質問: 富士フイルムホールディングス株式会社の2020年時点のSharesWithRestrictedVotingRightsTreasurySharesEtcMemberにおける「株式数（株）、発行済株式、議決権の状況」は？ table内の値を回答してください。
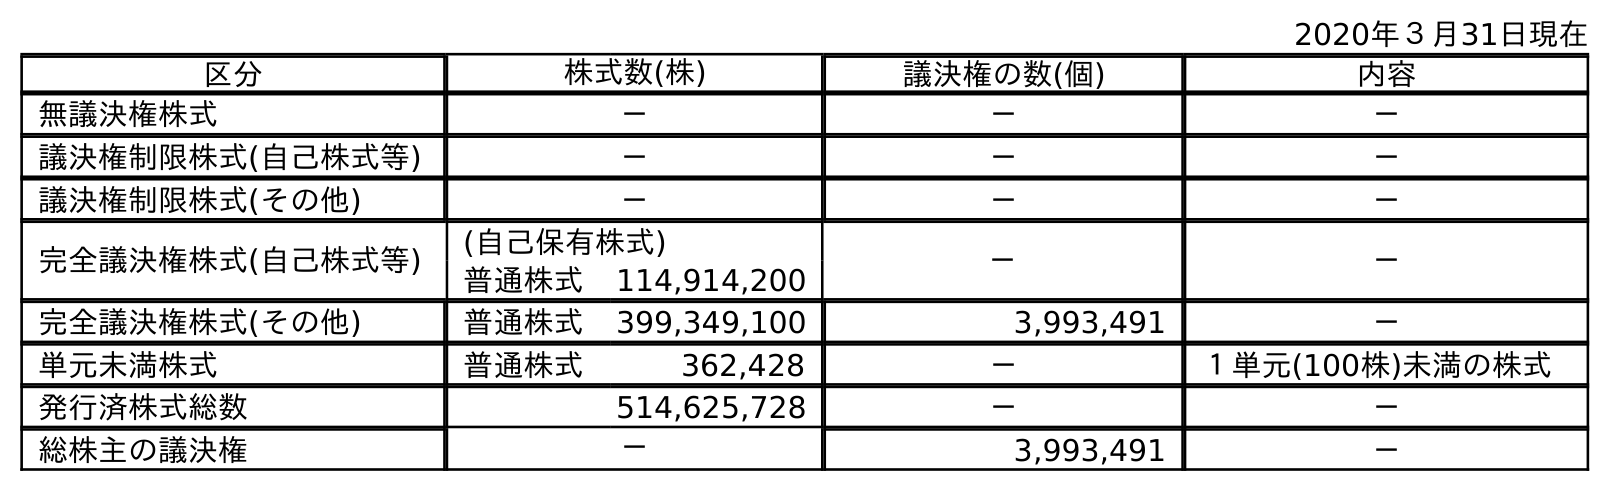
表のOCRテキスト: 2020年３月31日現在 区分 株式数(株) 議決権の数(個) 内容 無議決権株式 － － － 議決権制限株式(自己株式等) － － － 議決権制限株式(その他) － － － 完全議決権株式(自己株式等) (自己保有株式) － － 普通株式 114,914,200 完全議決権株式(その他) 普通株式 399,349,100 3,993,491 － 単元未満株式 普通株式 362,428 － １単元(100株)未満の株式 発行済株式総数 514,625,728 － － 総株主の議決権 － 3,993,491 －
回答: －